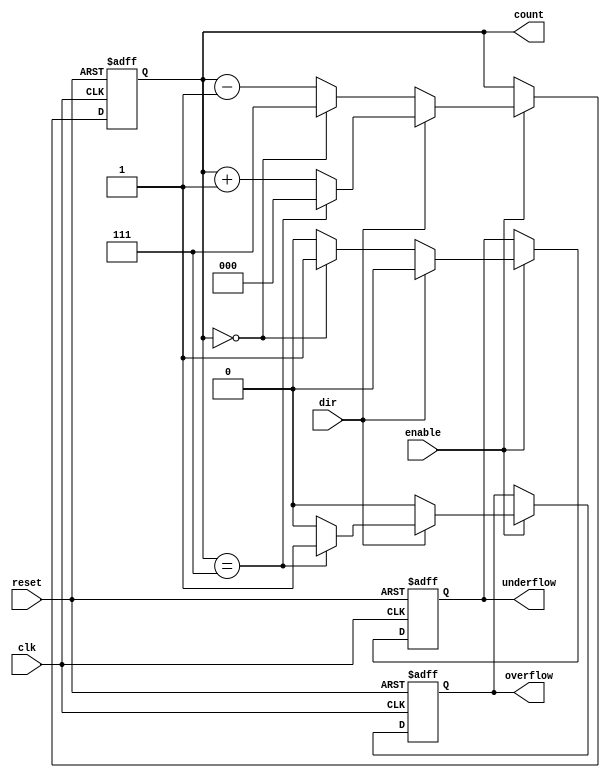
module synchronous_counter (
    input wire clk,            // Clock input
    input wire reset,          // Asynchronous reset input
    input wire enable,         // Enable counting
    input wire dir,           // Direction control (1 for up, 0 for down)
    output reg [2:0] count,    // 3-bit counter output
    output reg overflow,       // Overflow flag
    output reg underflow       // Underflow flag
);

    // Parameter for maximum count value
    parameter MAX_COUNT = 3'b111; // For 3 bits, maximum count is 7 (111)
    parameter MIN_COUNT = 3'b000; // Minimum count is 0

    // Asynchronous reset and counting logic
    always @(posedge clk or posedge reset) begin
        if (reset) begin
            count <= MIN_COUNT; // Reset count to 0
            overflow <= 0;      // Clear overflow flag
            underflow <= 0;     // Clear underflow flag
        end else if (enable) begin
            if (dir) begin
                // Up Counting
                if (count == MAX_COUNT) begin
                    count <= MIN_COUNT; // Wrap around
                    overflow <= 1;       // Set overflow flag
                end else begin
                    count <= count + 1; // Increment count
                    overflow <= 0;       // Clear overflow flag
                end
                underflow <= 0; // Clear underflow flag
            end else begin
                // Down Counting
                if (count == MIN_COUNT) begin
                    count <= MAX_COUNT; // Wrap around
                    underflow <= 1;      // Set underflow flag
                end else begin
                    count <= count - 1; // Decrement count
                    underflow <= 0;      // Clear underflow flag
                end
                overflow <= 0; // Clear overflow flag
            end
        end
    end

endmodule